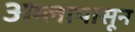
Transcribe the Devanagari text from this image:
अम्लापासून